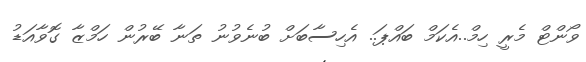
ވޯންޓް މެރީ ހިމް..އެކަމް ބައްޕަ.. އެހިސާބަށް ބުނެވުނު ތަނާ ބޭރުން ހަމްޒާ ގޮވާއަޑު